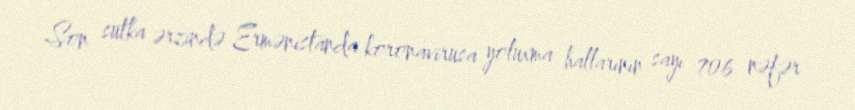
Son sutka ərzində Ermənistanda koronavirusa yoluxma hallarının sayı 706 nəfər